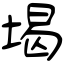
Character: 堨